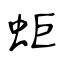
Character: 蚷